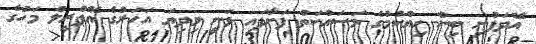
އޭދަފުށި ބިން ހިއްކުމުގެ މަސައްކަތް ފަށާފައި ވަނީ މިދިޔަ އަހަރުގެ އޭޕްރީލް މަހުގެ